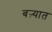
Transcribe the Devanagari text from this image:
बऱ्यात